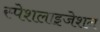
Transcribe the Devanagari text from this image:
स्पेशलाइजेशन